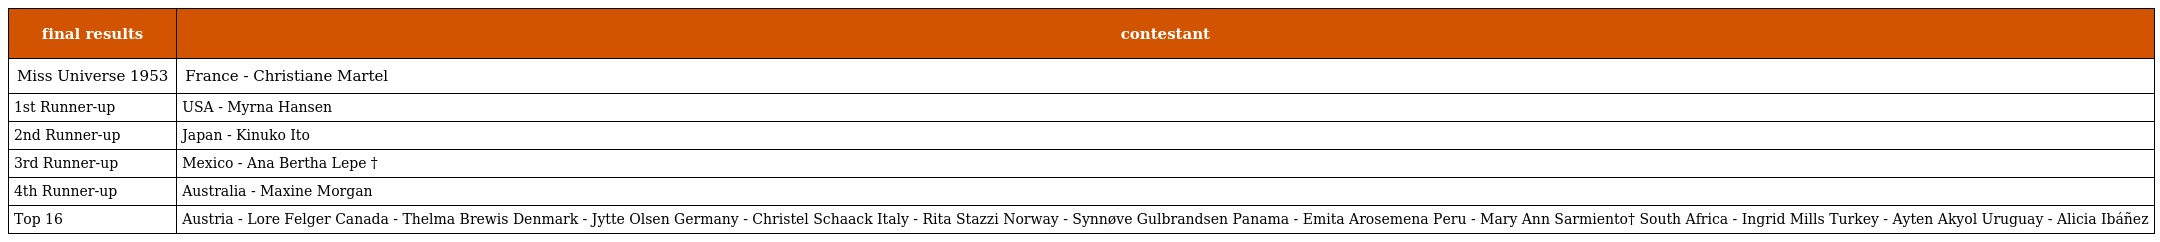
| final results | contestant |
 | --- | --- |
 | Miss Universe 1953 | France - Christiane Martel |
 | 1st Runner-up | USA - Myrna Hansen |
 | 2nd Runner-up | Japan - Kinuko Ito |
 | 3rd Runner-up | Mexico - Ana Bertha Lepe † |
 | 4th Runner-up | Australia - Maxine Morgan |
 | Top 16 | Austria - Lore Felger Canada - Thelma Brewis Denmark - Jytte Olsen Germany - Christel Schaack Italy - Rita Stazzi Norway - Synnøve Gulbrandsen Panama - Emita Arosemena Peru - Mary Ann Sarmiento† South Africa - Ingrid Mills Turkey - Ayten Akyol Uruguay - Alicia Ibáñez |